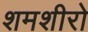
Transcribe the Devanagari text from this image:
शमशीरो